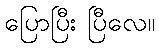
ပြောပြီး ပြီလေ။